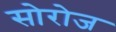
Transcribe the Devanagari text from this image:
सोरोज